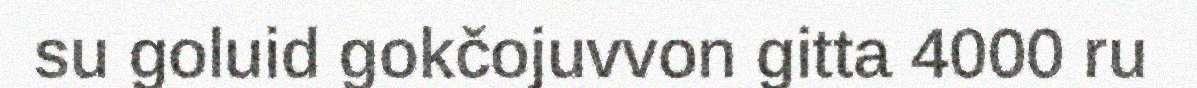
su goluid gokčojuvvon gitta 4000 ru